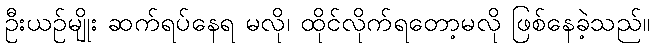
ဦးယဉ်မျိုး ဆက်ရပ်နေရ မလို၊ ထိုင်လိုက်ရတော့မလို ဖြစ်နေခဲ့သည်။